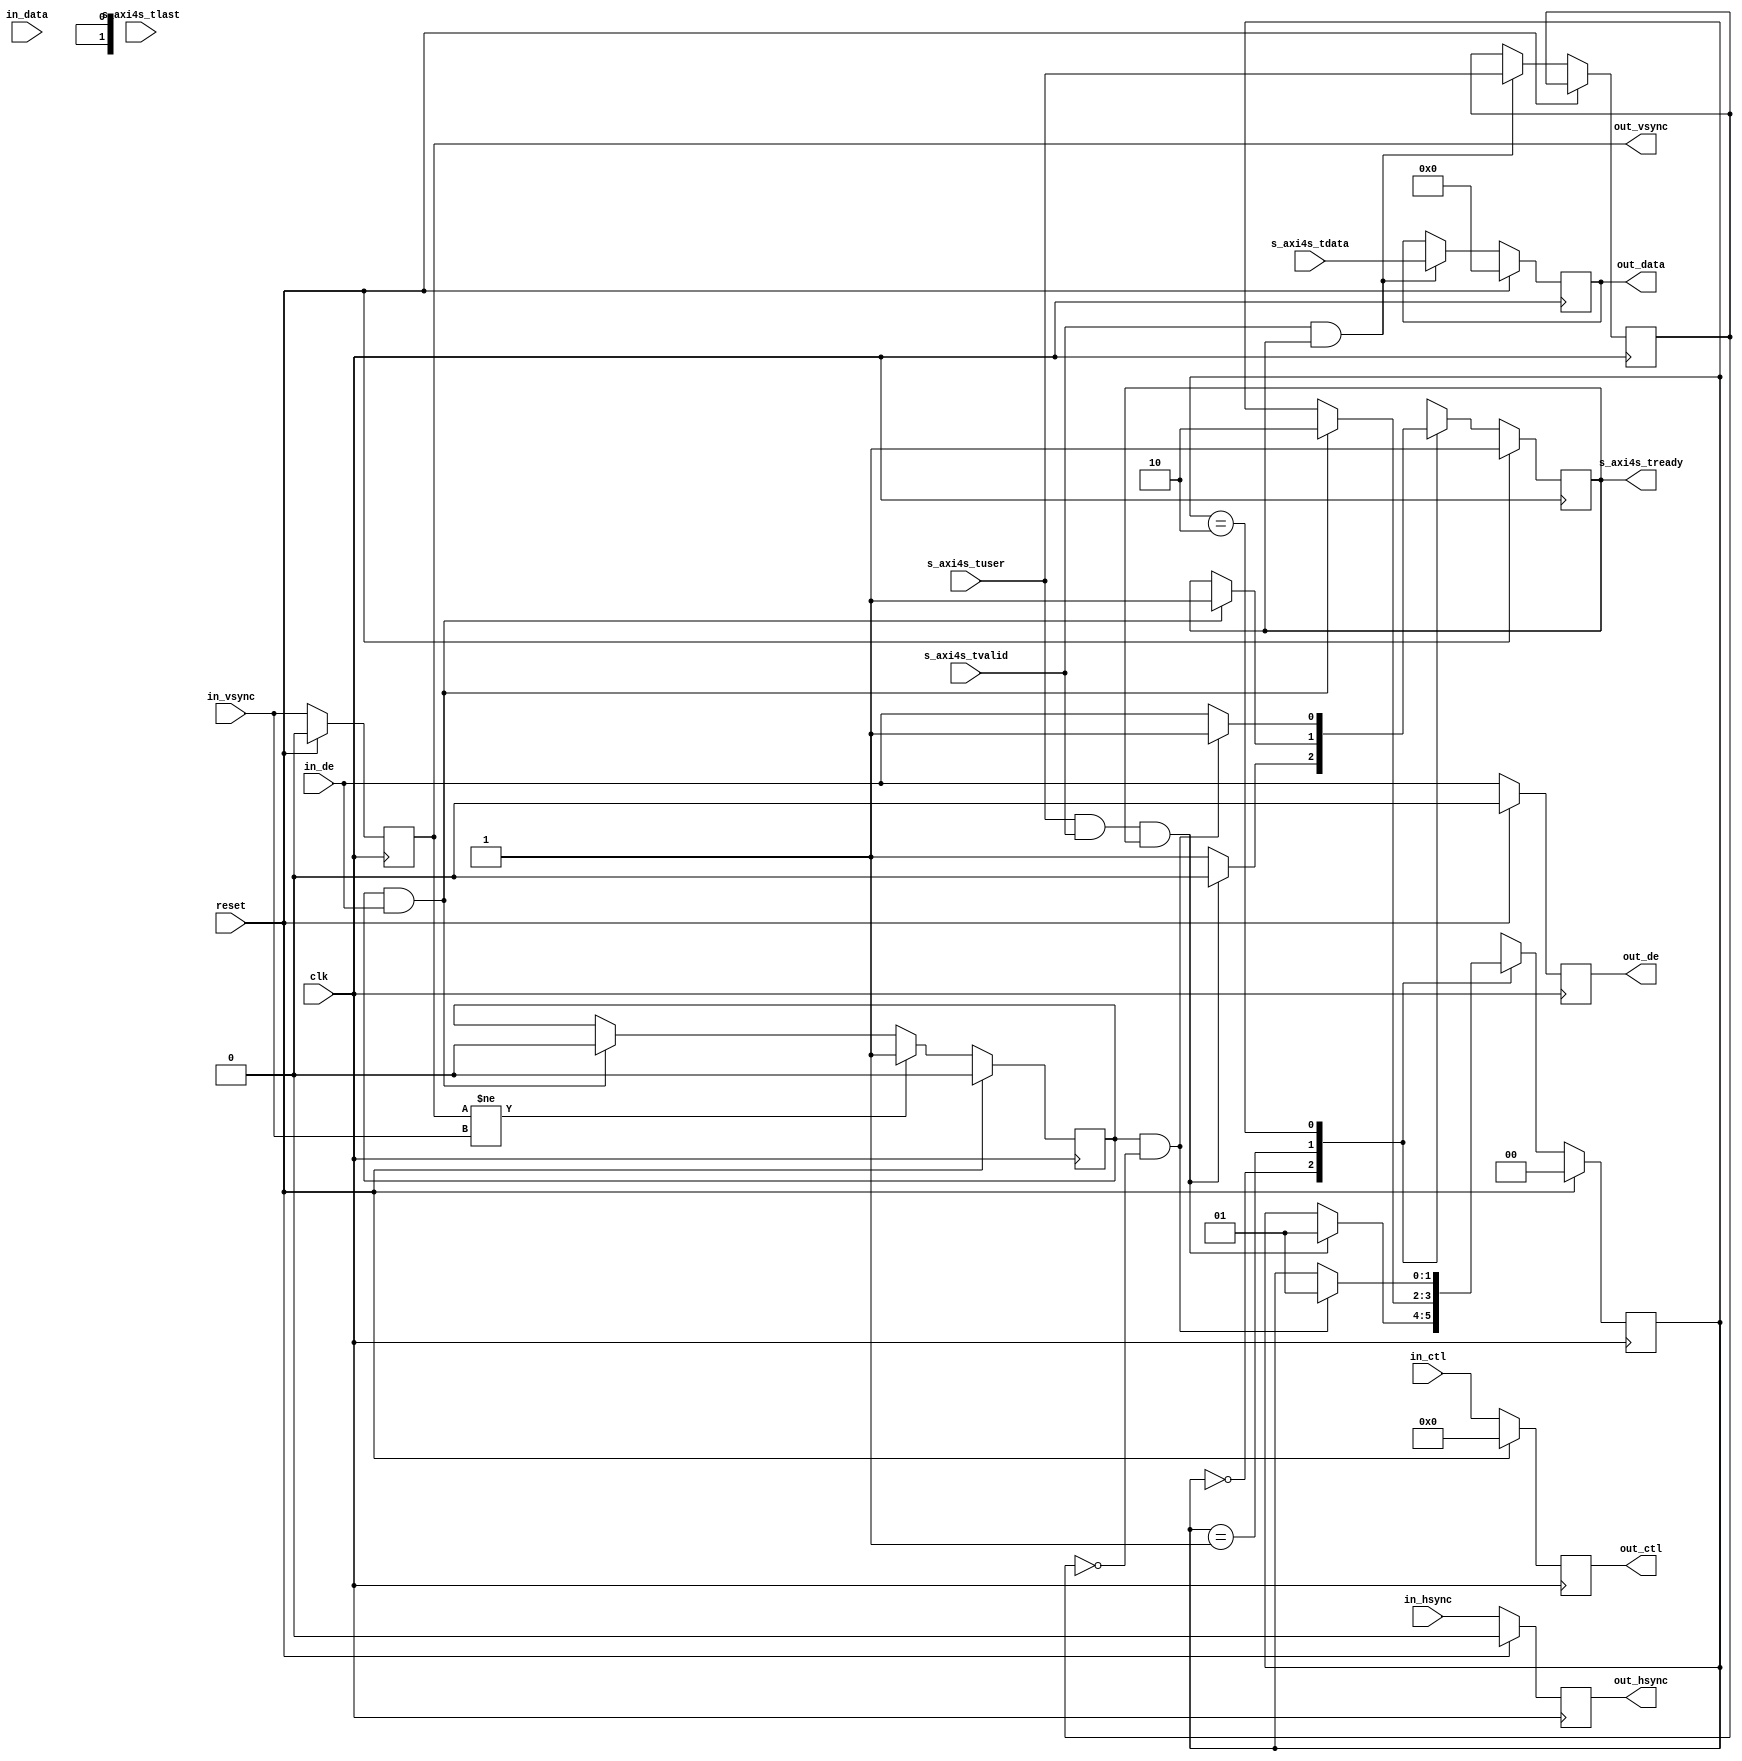
// ---------------------------------------------------------------------------
//  DVI transmitter
//
//                                      Copyright (C) 2015 by Ryuji Fuchikami
//                                      http://homepage3.nifty.com/ryuz
// ---------------------------------------------------------------------------


`timescale 1ns / 1ps
`default_nettype none


module vout_axi4s
		#(
			parameter	WIDTH = 24
		)
		(
			input	wire				reset,
			input	wire				clk,
			
			// slave AXI4-Stream (input)
			input	wire	[0:0]		s_axi4s_tuser,
			input	wire				s_axi4s_tlast,
			input	wire	[WIDTH-1:0]	s_axi4s_tdata,
			input	wire				s_axi4s_tvalid,
			output	wire				s_axi4s_tready,
			
			// input timing
			input	wire				in_vsync,
			input	wire				in_hsync,
			input	wire				in_de,
			input	wire	[WIDTH-1:0]	in_data,
			input	wire	[3:0]		in_ctl,
			
			// output
			output	wire				out_vsync,
			output	wire				out_hsync,
			output	wire				out_de,
			output	wire	[WIDTH-1:0]	out_data,
			output	wire	[3:0]		out_ctl
		);
	
	localparam	[1:0]	ST_WAIT_AXI4S_FS = 0, ST_WAIT_VIDEO_FS = 1, ST_BUSY = 2;
	
	reg		[1:0]		reg_state;
	
	reg					reg_flag_fe;
	
	reg					reg_vsync;
	reg					reg_hsync;
	reg					reg_de;
	reg		[WIDTH-1:0]	reg_data;
	reg		[3:0]		reg_ctl;
	reg					reg_tuser;
	
	reg					reg_tready;
	
	wire				sig_frame_start = (reg_flag_fe & in_de);
	wire				sig_frame_end   = reg_flag_fe;
	
	always @(posedge clk) begin
		if ( reset ) begin
			reg_state   <= ST_WAIT_AXI4S_FS;
			reg_flag_fe <= 1'b0;
			
			reg_vsync   <= 1'b0;
			reg_hsync   <= 1'b0;
			reg_de      <= 1'b0;
			reg_data    <= {WIDTH{1'b0}};
			reg_ctl     <= 4'd0;
			
			reg_tready  <= 1'b1;
		end
		else begin
			// signal
			reg_vsync <= in_vsync;
			reg_hsync <= in_hsync;
			reg_ctl   <= in_ctl;
			reg_de    <= in_de;
			if ( s_axi4s_tvalid && s_axi4s_tready ) begin
				reg_data  <= s_axi4s_tdata;
				reg_tuser <= s_axi4s_tuser;
			end
			
			// fs
			if ( reg_vsync != in_vsync ) begin
				reg_flag_fe <= 1'b1;
			end
			else begin
				if ( sig_frame_start ) begin
					reg_flag_fe <= 1'b0;
				end
			end
			
			// state
			case ( reg_state )
			ST_WAIT_AXI4S_FS:
				begin
					reg_tready <= 1'b1;
					if ( s_axi4s_tuser && s_axi4s_tvalid && s_axi4s_tready ) begin
						reg_tready <= 1'b0;
						reg_state  <= ST_WAIT_VIDEO_FS;
					end
				end
			
			ST_WAIT_VIDEO_FS:
				begin
					if ( sig_frame_start ) begin
						reg_tready <= 1'b1;
						reg_state  <= ST_BUSY;
					end
				end
			
			ST_BUSY:
				begin
					reg_tready <= in_de;
					if ( sig_frame_end && !reg_tuser ) begin
						reg_state  <= ST_WAIT_VIDEO_FS;
						reg_tready <= 1'b1;
					end
				end
			
			default:
				begin
					reg_state  <= 2'bxx;
					reg_tready <= 1'bx;
				end
			endcase
		end
	end
	
	assign s_axi4s_tready = reg_tready;
	
	assign out_vsync      = reg_vsync;
	assign out_hsync      = reg_hsync;
	assign out_de         = reg_de;
	assign out_data       = reg_data;
	assign out_ctl        = reg_ctl;
	
endmodule


`default_nettype wire


// end of file